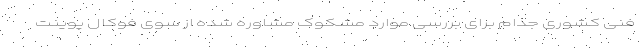
فنی کشوری جذام برای بررسی موارد مشکوک مشاوره شده از سوی فوکال پوینت